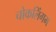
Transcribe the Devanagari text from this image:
चोकलिंगम